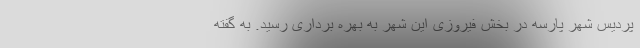
پردیس شهر پارسه در بخش فیروزی این شهر به بهره برداری رسید. به گفته